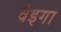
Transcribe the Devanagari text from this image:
वेइगा